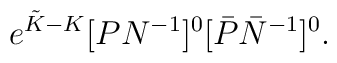
e^{{\tilde K} - K}[P N^{-1}]^0 [\bar P \bar N^{-1}]^0.